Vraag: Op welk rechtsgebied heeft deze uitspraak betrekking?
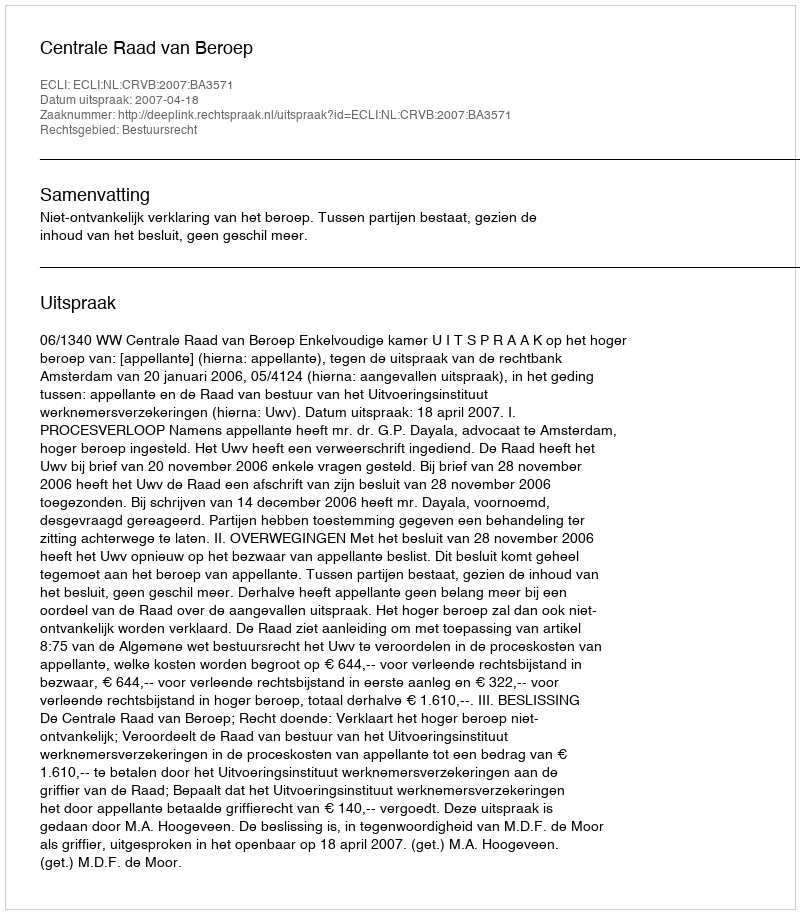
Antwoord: Bestuursrecht